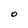
Character: O